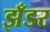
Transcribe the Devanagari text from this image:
झँडर